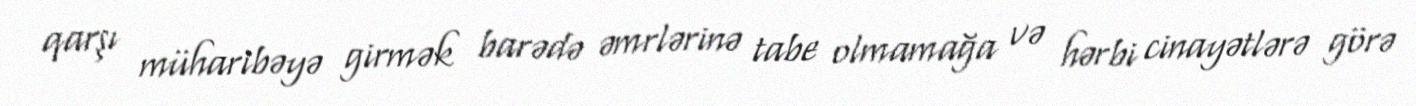
qarşı müharibəyə girmək barədə əmrlərinə tabe olmamağa və hərbi cinayətlərə görə